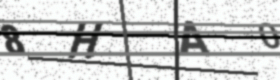
Text: 8HA0